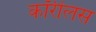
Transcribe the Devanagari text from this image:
कॉरीलस